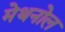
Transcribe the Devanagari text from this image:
मेथनोल